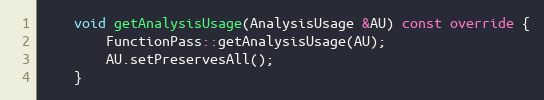
Language: C++
    void getAnalysisUsage(AnalysisUsage &AU) const override {
        FunctionPass::getAnalysisUsage(AU);
        AU.setPreservesAll();
    }